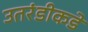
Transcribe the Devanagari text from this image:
उतरंडीकडे